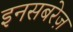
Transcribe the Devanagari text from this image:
इनसबरेज़